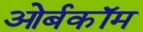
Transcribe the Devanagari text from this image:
ओर्बकॉम